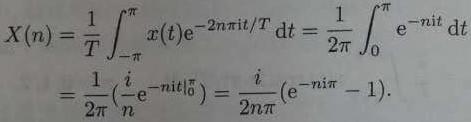
\[
\begin{align*}
X(n)&=\frac{1}{T}\int_{-\pi}^{\pi} x(t)e^{-2n\pi i t/T} \mathrm{d}t=\frac{1}{2\pi}\int_{0}^{\pi} e^{-nit} \mathrm{d}t\\
&=\frac{1}{2\pi}\left(\frac{i}{n}e^{-nit}\big|_{0}^{\pi}\right)=\frac{i}{2n\pi}(e^{-ni\pi}-1).
\end{align*}
\]